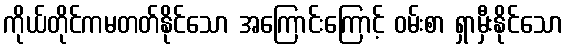
ကိုယ်တိုင်ကမတတ်နိုင်သော အကြောင်းကြောင့် ဝမ်းစာ ရှာမှီးနိုင်သော